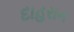
દાહરાન